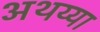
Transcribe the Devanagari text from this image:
अथय्या